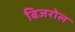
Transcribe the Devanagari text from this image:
बिजरोल